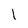
Character: 1